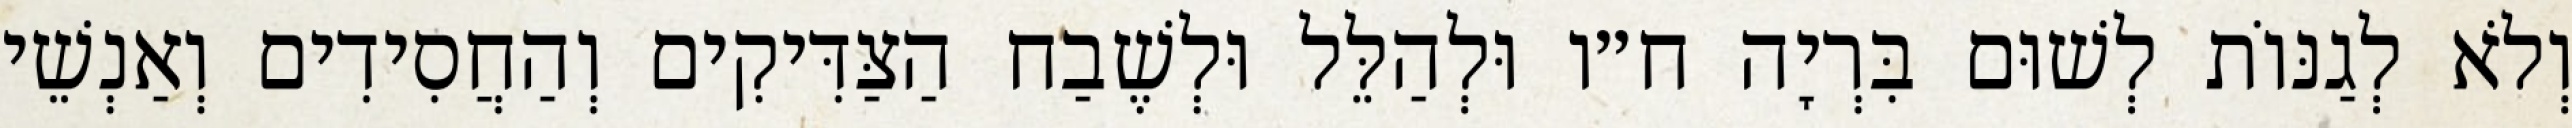
וְלֹא לְגַנּוֹת לְשׁוּם בִּרְיָה ח״ו וּלְהַלֵּל וּלְשֶׁבַח הַצַּדִּיקִים וְהַחֲסִידִים וְאַנְשֵׁי